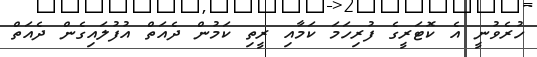
ހުރެވުނީ އެ ކޮޓަރީގެ ފުރިހަމަ ކަމާއި ރީތި ކަމުން ދެއަތް އުފުލައިގެން ދެއަތް